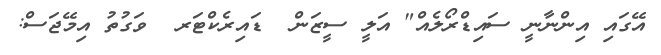
އޭގައި އިންނާނީ ސައިޑްރޯލެއް" އަލީ ސީޒަން  ޑައިރެކްޓަރ  ވަގުތު އިމޭޖަސް: